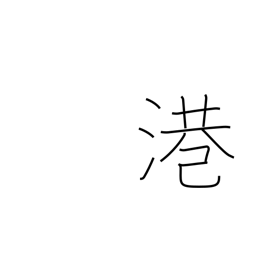
Meaning: harbor